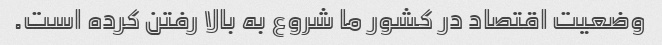
وضعیت اقتصاد در کشور ما شروع به بالا رفتن کرده است.